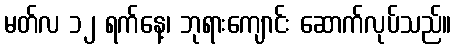
မတ်လ ၁၂ ရက်နေ့၊ ဘုရားကျောင်း ဆောက်လုပ်သည်။